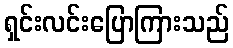
ရှင်းလင်းပြောကြားသည်